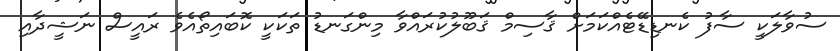
ސުވާލަކީ ސާފު ކެނޑިޑޭޓެއްކަމަށް ޤާސިމް ޤަބޫލުކުރައްވާ މިންގަނޑު ތަކަކީ ކޮބައިތޯއެވެ ރައީސް ނަޝީދާއި